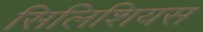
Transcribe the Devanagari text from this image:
सिलिशियस